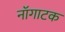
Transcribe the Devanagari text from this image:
नॉगाटक